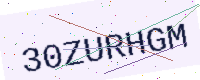
Text: 30ZURHGM